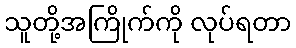
သူတို့အကြိုက်ကို လုပ်ရတာ